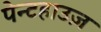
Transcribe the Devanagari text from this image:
पेन्टहाउज़